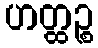
ဟတ္ထဉ္စ